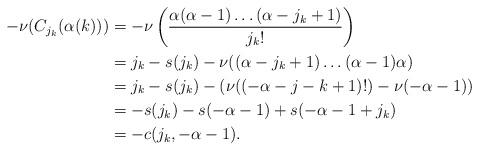
LaTeX: \begin{align*} -\nu(C_{j_k}(\alpha(k))) &= -\nu\left(\frac{\alpha(\alpha - 1)\dots(\alpha - j_k + 1)}{j_k!}\right)\\ &= j_k - s(j_k) - \nu((\alpha - j_k + 1) \dots (\alpha - 1)\alpha)\\ &= j_k - s(j_k) - (\nu((-\alpha - j-k + 1)!) - \nu(-\alpha - 1)) \\ &= -s(j_k) - s(-\alpha - 1) + s(-\alpha-1+j_k)\\ &= -c(j_k, -\alpha - 1). \end{align*}